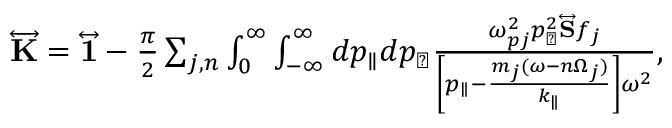
\begin{array} { r l } & { \overleftrightarrow { \mathbf { K } } = \overleftrightarrow { \mathbf { 1 } } - \frac { \pi } { 2 } \sum _ { j , n } \int \displaylimits _ { 0 } ^ { \infty } \int \displaylimits _ { - \infty } ^ { \infty } d p _ { \parallel } d p _ { \perp } \frac { \omega _ { p j } ^ { 2 } p _ { \perp } ^ { 2 } \overleftrightarrow { \mathbf { S } } f _ { j } } { \left[ p _ { \parallel } - \frac { m _ { j } ( \omega - n \Omega _ { j } ) } { k _ { \parallel } } \right] \omega ^ { 2 } } , } \end{array}